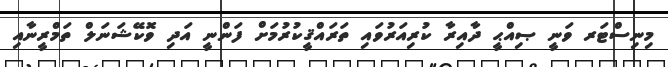
މިނިސްޓަރ ވަނީ ޞިއްޙީ ދާއިރާ ކުރިއަރުވައި ތަރައްޤީކުރުމަށް ފަންނީ އަދި ވޮކޭޝަނަލް ތަމްރީނާއި